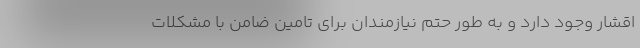
اقشار وجود دارد و به طور حتم نیازمندان برای تامین ضامن با مشکلات